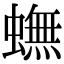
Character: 蟱